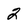
Character: 2